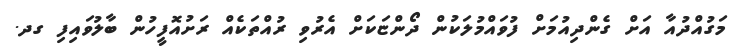
މަގުއްދުއާ އަށް ގެންދިއުމަށް ފުވައްމުލަކުން ދޯންޏަކަށް އެރުވި ރުއްތަކެއް ރަށުއޮފީހުން ބާލުވައިފި ގދ.